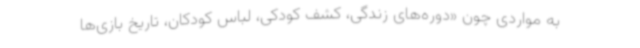
به مواردی چون «دوره‌های زندگی، کشف کودکی، لباس کودکان، تاریخ بازی‌ها